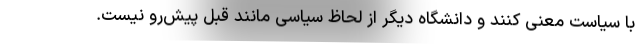
با سیاست معنی کنند و دانشگاه دیگر از لحاظ سیاسی مانند قبل پیش‌رو نیست.